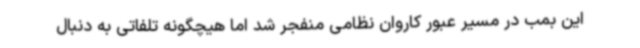
این بمب در مسیر عبور کاروان نظامی منفجر شد اما هیچگونه تلفاتی به دنبال